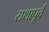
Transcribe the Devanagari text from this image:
यथापू्र्व